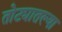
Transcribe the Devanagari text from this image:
तोट्यातल्या